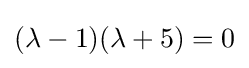
(\lambda -1)(\lambda +5)=0